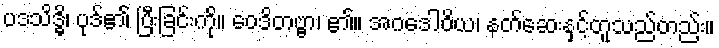
ပဒသိဒ္ဓိ၊ ပုဒ်၏ ပြီးခြင်းကို။ ဝေဒိတဗ္ဗာ၊ ၏။ အဂဒေါဝိယ၊ နတ်ဆေးနှင့်တူသည်တည်း။